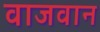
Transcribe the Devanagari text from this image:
वाजवान